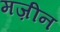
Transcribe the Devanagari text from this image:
मज़ीन